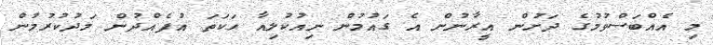
މި އެއްބަސްވުމުގެ ދަށުން އީރާނުން އެ ގައުމުން ނިއުކުލިއާ ހަކަތަ އުފެއްދުން މަދުކުރުމުން